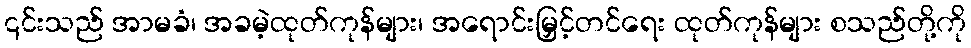
၎င်းသည် အာမခံ၊ အခမဲ့ထုတ်ကုန်များ၊ အရောင်းမြှင့်တင်ရေး ထုတ်ကုန်များ စသည်တို့ကို